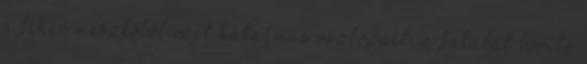
a fehér mészkőből vájt hatalmas oszlopait, a falakat borító